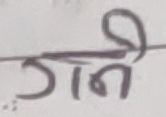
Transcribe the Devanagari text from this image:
गने